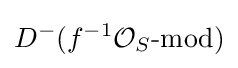
D^{-}(f^{-1}{\mathcal {O}}_{S}{\text{-mod}})